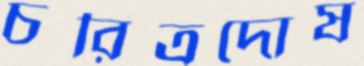
চরিত্রদোষ